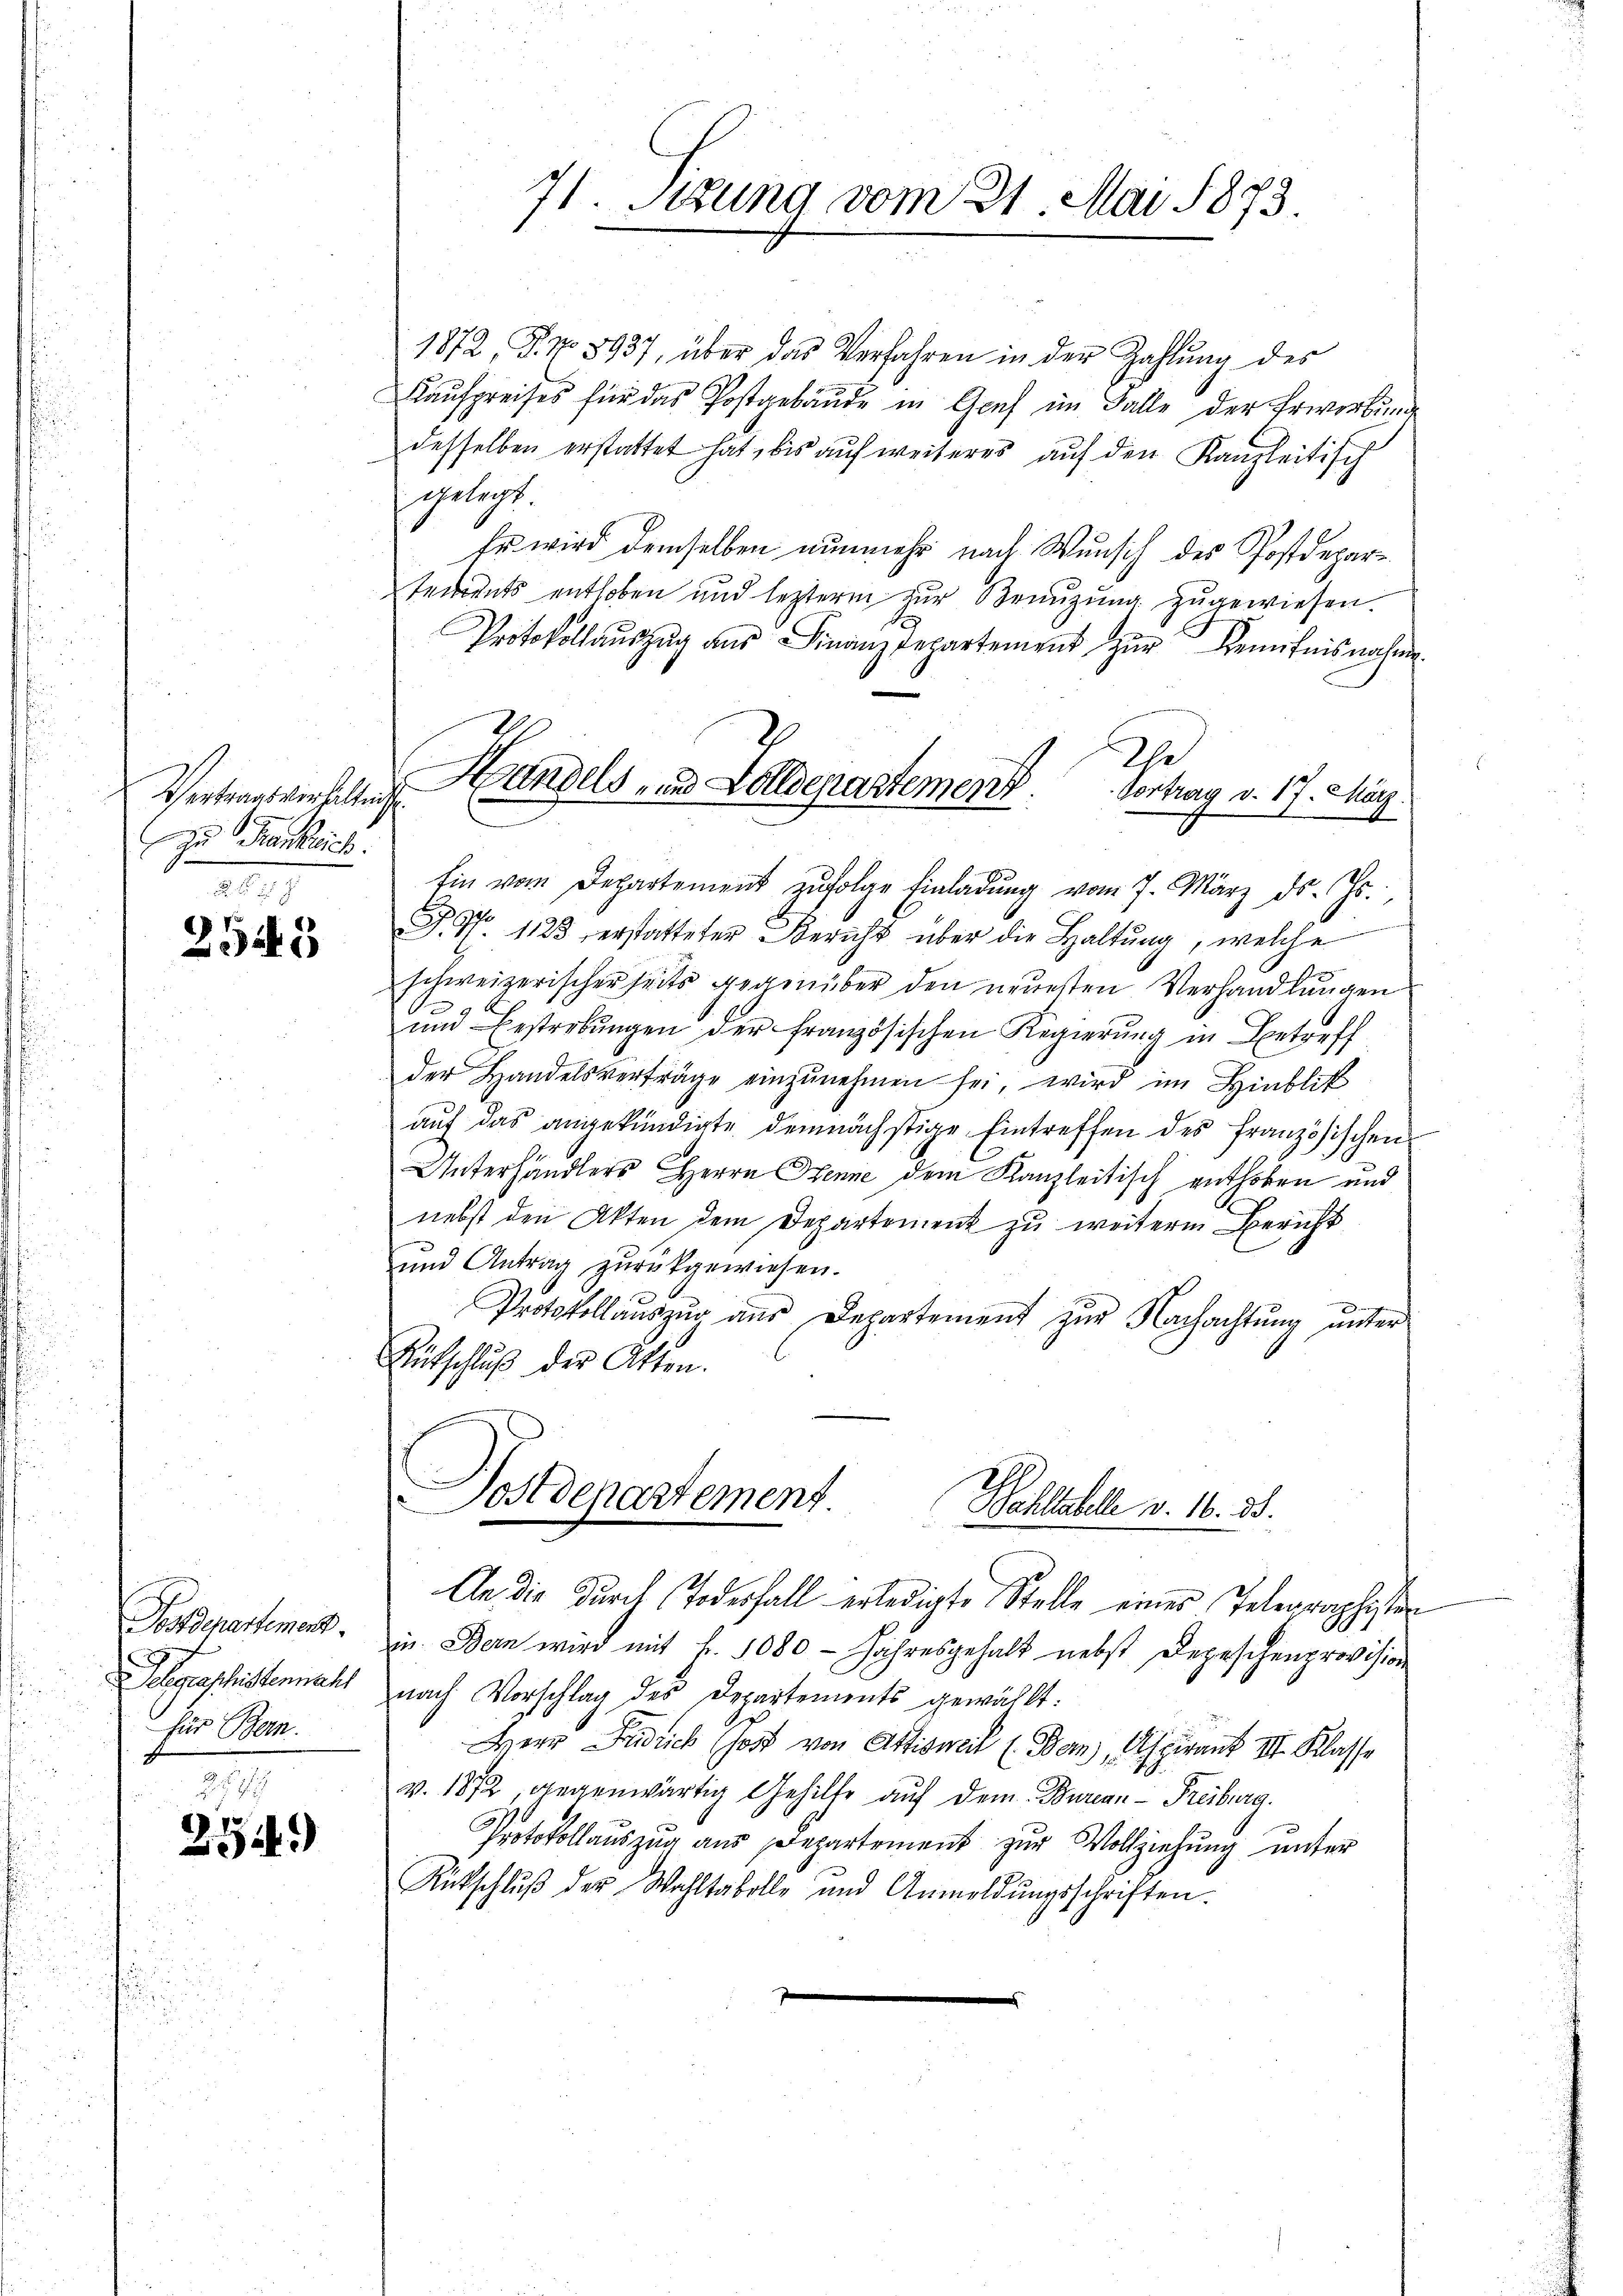
Vertragsverhaltung
zu Krankreich.

2545

Postdepartement.
 Segeschristenmacht
für Bern.

2549)

1872, P. Nr. 8937, über das Verfahren in der Zahlŭng des
Kaufpreises für das Postgebäude in Graf im Falle der Erwerbung
desselben erstattet hat, bis auf weiteres auf den Kanzleitisch
gelegt.
Er wird demselben nunmehr nach Wunsch des Postdeparserrents enthoben und leztern zŭr Braŭzŭng zugewiesen.
Protokoll aŭszŭg ans Finanzdepartement zŭr Kenntnisnahme.
Ein vom Departement zŭfolge Einladŭng vom 7. März d. Js.,
P. Nr. 1125 erstatteter Bericht über die Haltung, welche
schweizerischer seits gegenüber den neuesten Verhandlungen
e
und Bestrebŭngen der französischen Regierŭng in Betreff
der Handelsverträge einzŭnehmen sei, wird im Hinblik
aŭf das angekündigte demnächstige Eintreffen des französischen
Unterhändlers Herrn Henne dem Kanzleitisch enthoben und
nebst den Akten dem Departement zu weiterm Bericht
und Antrag zŭrückgewiesen.
Protokollauszug aus Departement zur Nachachtung unter
Rütschluß der Atten.
Sostdepartement
Wahlable d. 16. 33.
An die Durch Todesfall erledigte Stelle einer Telegraphisten
in. Bern wird mit Fr. 1080 Jahresgehalt nebst Depeschenprovision
nach Vorschlag des Departements gewählt:
Herr Fridlich hoff von Attisweil (Bern, Aspirant III. Klasse
v. 1872, gegenwärtig Gehilfe auf dem Bureau-Freiburg.
Protokollauszug aus Departement zur Vollziehung unter
Rückschlŭβ der Wahltabelle und Anmeldŭngsschriften.

71. Stzung vom 21. Mai 1873.

Handels- und Zolldepartement. Vortrag d. 17. März.

De